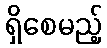
ရှိစေမည့်